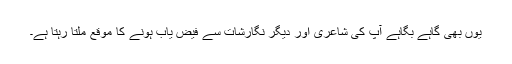
یوں بھی گاہے بگاہے آپ کی شاعری اور دیگر نگارشات سے فیض یاب ہونے کا موقع ملتا رہتا ہے۔